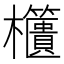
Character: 𣡔